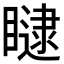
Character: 𥊵